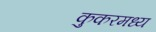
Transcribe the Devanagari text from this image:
कुकरमध्य